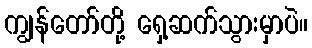
ကျွန်တော်တို့ ရှေ့ဆက်သွားမှာပဲ။